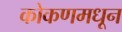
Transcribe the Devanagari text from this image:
कोकणमधून